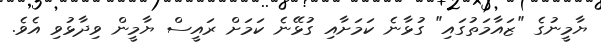
ޔާމީނުގެ "ޒައާމަތުގައި" ގުޅާނެ ކަމަށާއި ގުޅޭނެ ކަމަށް ރައީސް ޔާމީން ވިދާޅުވި އެވެ.